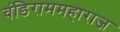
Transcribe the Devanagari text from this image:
चंडिराममहाराज